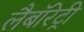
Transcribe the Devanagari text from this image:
लैबॉरेट्री